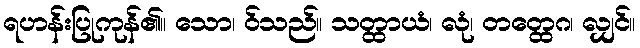
ရဟန်းပြုကုန်၏။ သော၊ ဝ်သည်။ သတ္ထာယံ၊ လုံ၊ တတ္ထေဂ၊ လျှင်။